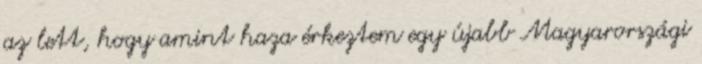
az lett, hogy amint haza érkeztem egy újabb Magyarországi